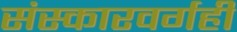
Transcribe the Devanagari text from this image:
संस्कारवर्गही